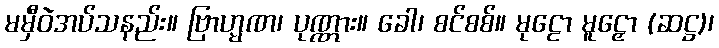
မမှီဝဲအပ်သနည်း။ ဗြာဟ္မဏ၊ ပုဏ္ဏား။ ခေါ၊ စင်စစ်။ မုဠော မူဠှော (ဆဋ္ဌ)၊